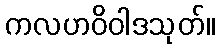
ကလဟဝိဝါဒသုတ်။